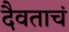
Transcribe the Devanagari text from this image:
दैवताचं